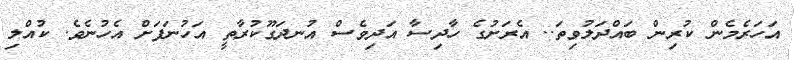
އަހަރެމެން ކުރިން ބައްދަލުވިތަ.. އެރަށުގެ ހާދިސާ އަދިވެސް އުނދަގޫކުރާތީ އަހުނަފަށް އެހުނެވެ. ކުއްލި